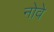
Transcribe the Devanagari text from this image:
नोवे